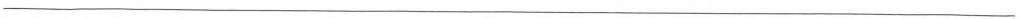
___